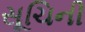
સૂચિની